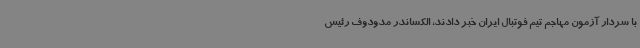
با سردار آزمون مهاجم تیم فوتبال ایران خبر دادند، الکساندر مدودوف رئیس